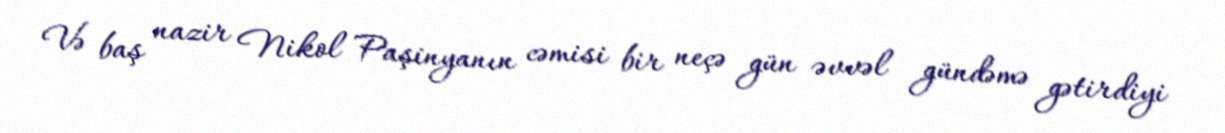
Və baş nazir Nikol Paşinyanın cəmisi bir neçə gün əvvəl gündəmə gətirdiyi